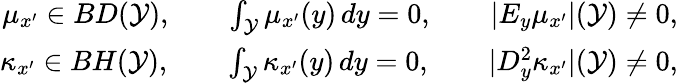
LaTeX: \begin{array}{r}{\mu_{x^{\prime}}\in BD(\mathcal{Y}),\qquad\int_{\mathcal{Y}}\mu_{x^{\prime}}(y)\, dy=0,\qquad|E_{y}\mu_{x^{\prime}}|(\mathcal{Y})\neq 0,}\\ {\kappa_{x^{\prime}}\in BH(\mathcal{Y}),\qquad\int_{\mathcal{Y}}\kappa_{x^{\prime}}(y)\, dy=0,\qquad|D_{y}^{2}\kappa_{x^{\prime}}|(\mathcal{Y})\neq 0,}\end{array}